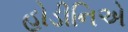
હોડીનિએ